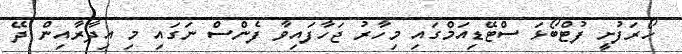
ހޯރަފުށީ ފުޓްބޯޅަ ސްޓޭޑިއަމްގައި މިހާރު ޖަހާފައިވާ ފެންސް ނަގައި މި އިދާރާއިން ދޭ